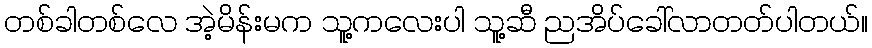
တစ်ခါတစ်လေ အဲ့မိန်းမက သူ့ကလေးပါ သူ့ဆီ ညအိပ်ခေါ်လာတတ်ပါတယ်။